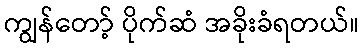
ကျွန်တော့် ပိုက်ဆံ အခိုးခံရတယ်။